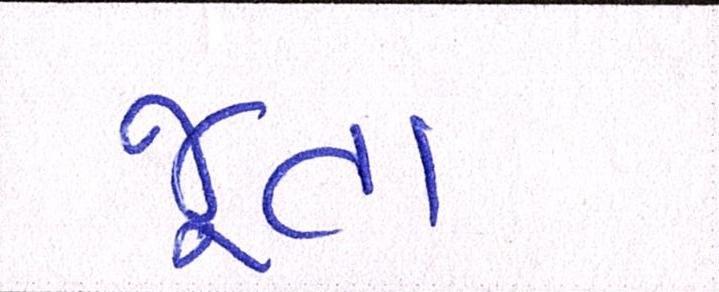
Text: જૂતા